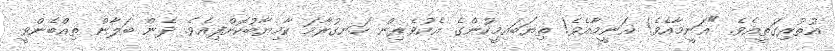
އުތުރިގަތީއެވެ. "ޣަނީމާއެވެ! ޣަނީމާއެވެ! ތިޔަބައިމީހުންގެ އެކުވެރިން ހަނގުރާމަ ކާމިޔާބުކޮށްފިއެވެ. ދެން ބަލާން ތިއްބެންވީ